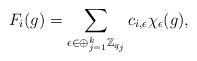
LaTeX: \begin{align*} F_i(g) = \sum_{\epsilon \in \oplus_{j=1}^k\mathbb{Z}_{q_j}} c_{i,\epsilon} \chi_\epsilon (g), \end{align*}